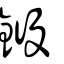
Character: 𨦯